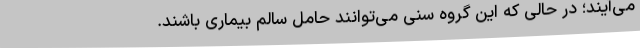
می‌آیند؛ در حالی که این گروه سنی می‌توانند حامل سالم بیماری باشند.